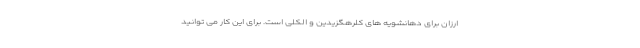
ارزان برای دهانشویه های کلرهگزیدین و الکلی است. برای این کار می توانید